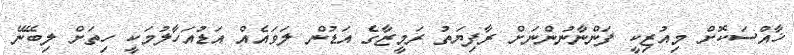
ޚާއްސަކޮށް މިއުޒިކީ ފަންނާނުންނަށް ރާފިޔަތު ރަމީޒާގެ އަޑުން ލަވައެއް އަޑުއަހާލުމަކީ ހިތަށް ލިބޭނޭ